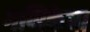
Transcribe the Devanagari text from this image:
गणिकेचा